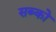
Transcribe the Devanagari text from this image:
सब्को